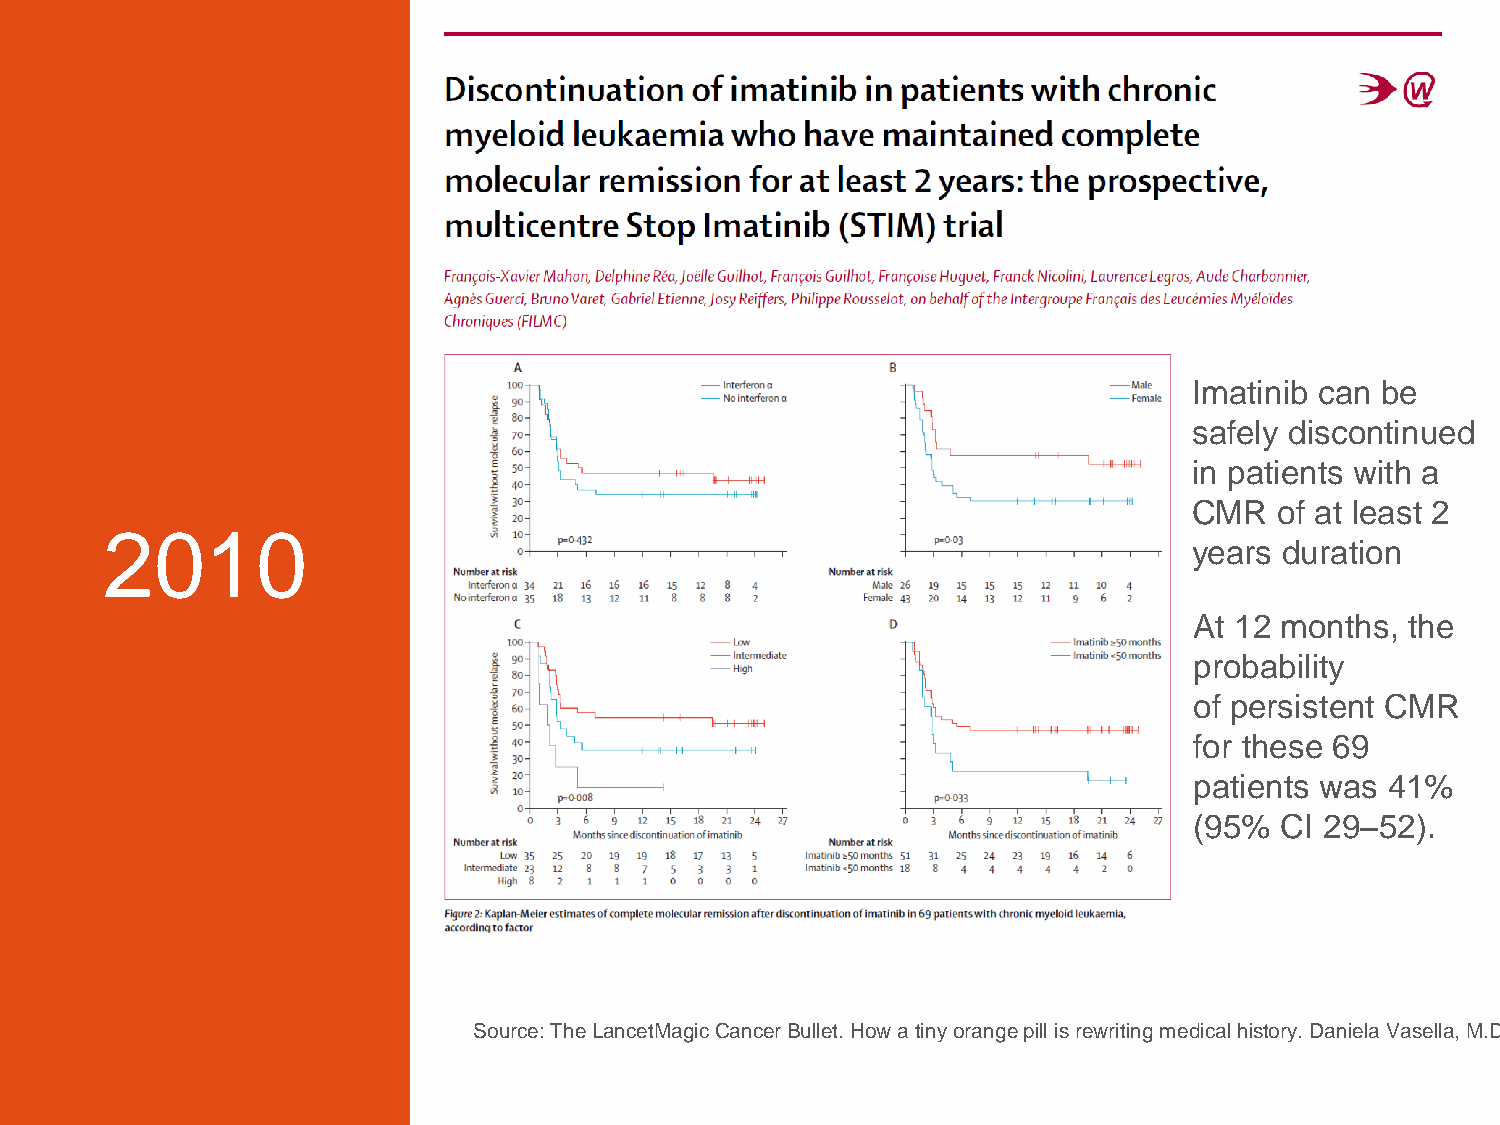
Imatinib can be
 safely discontinued
 in patients with a
 CMR   of at least 2
 2010
 years duration
 At 12 months, the
 probability
 of persistent CMR
 for these 69
 patients was 41%
 (95%  CI 29–52).
 Source: The LancetMagic Cancer Bullet. How a tiny orange pill is rewriting medical history. Daniela Vasella, M.D.
 15